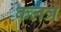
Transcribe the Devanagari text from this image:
कलत्र